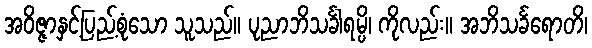
အဝိဇ္ဇာနှင့်ပြည့်စုံသော သူသည်။ ပုညာဘိသင်္ခါရမ္ပိ၊ ကိုလည်း။ အဘိသင်္ခရောတိ၊